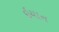
ઇયાન